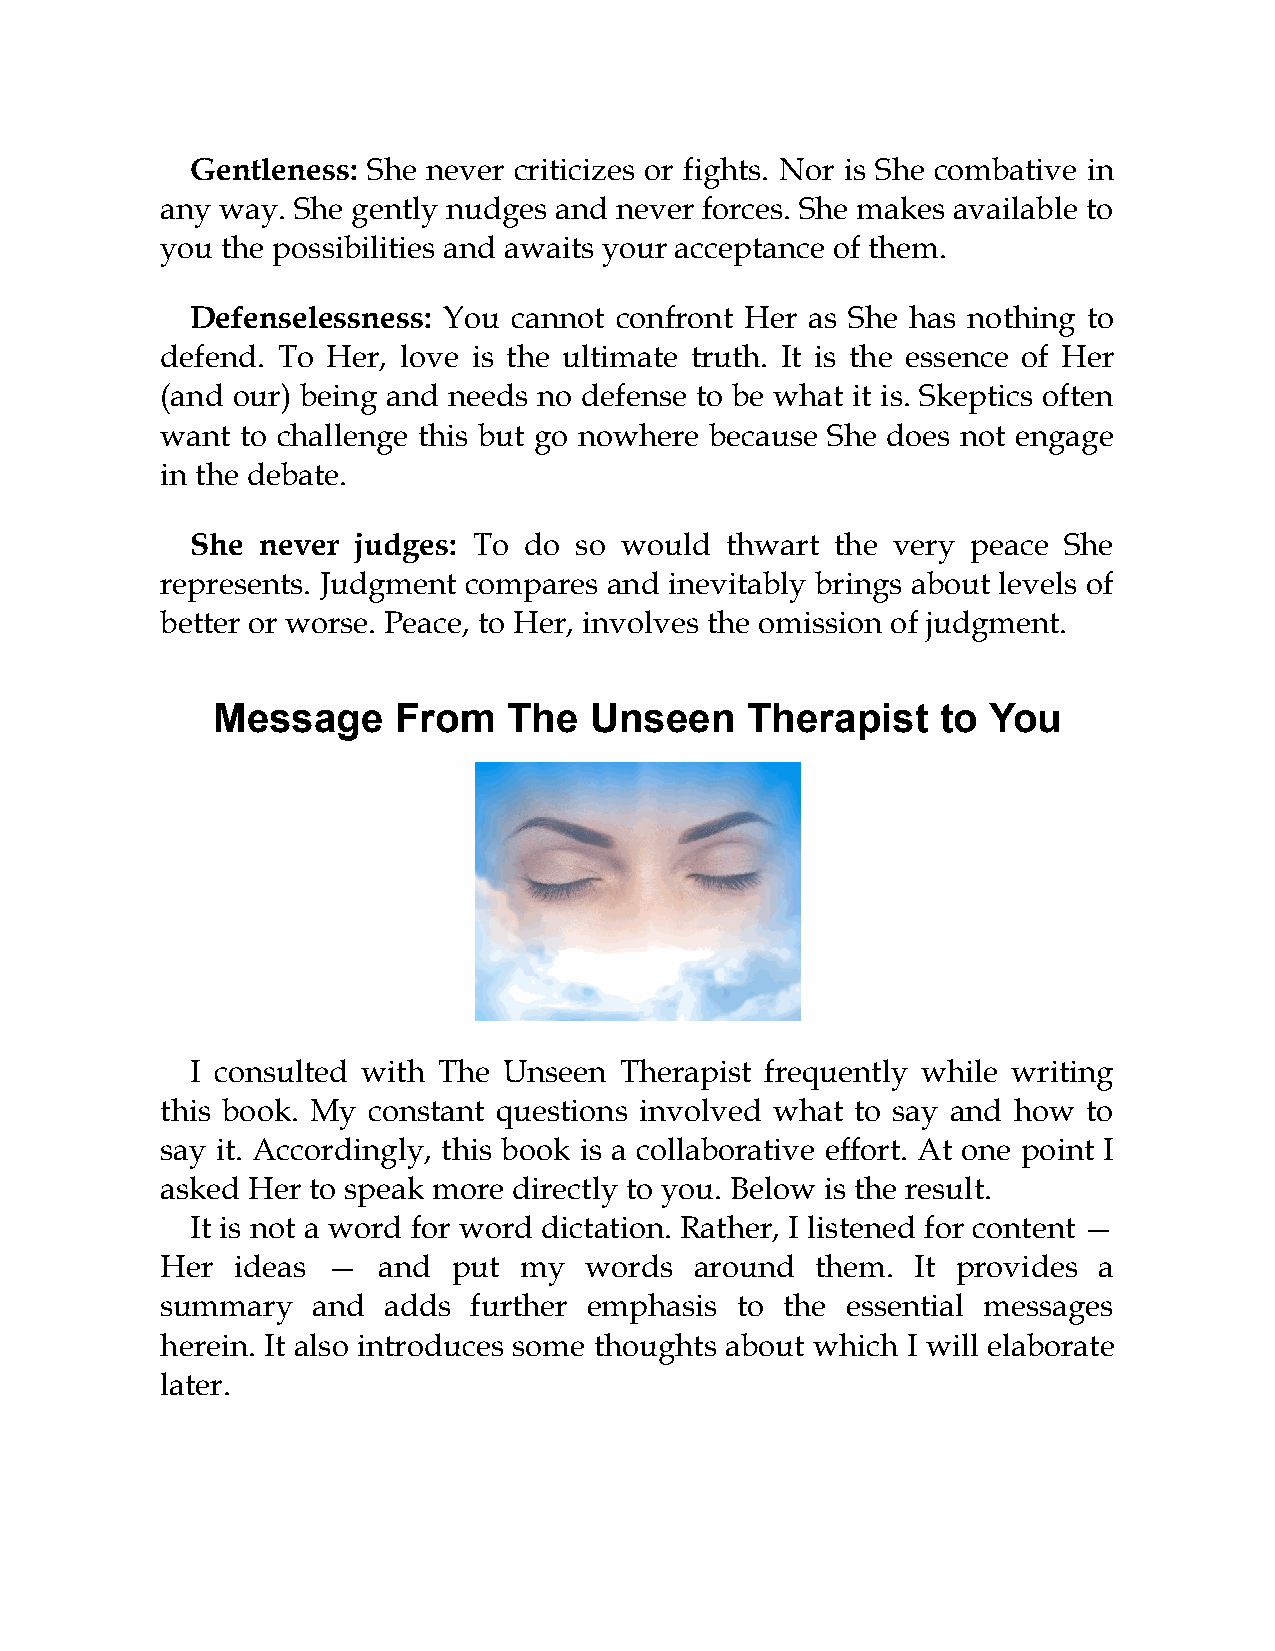
Gentleness: She never criticizes or fights. Nor is She combative in
 any way. She gently nudges and never forces. She makes available to
 you the possibilities and awaits your acceptance of them.
 Defenselessness: You cannot confront Her as She has nothing to
 defend. To Her, love is the ultimate truth. It is the essence of Her
 (and our) being and needs no defense to be what it is. Skeptics often
 want to challenge this but go nowhere because She does not engage
 in the debate.
 She never judges: To  do so would  thwart the very peace She
 represents. Judgment compares and inevitably brings about levels of
 better or worse. Peace, to Her, involves the omission of judgment.
 Message     From    The  Unseen    Therapist    to You
 I consulted with The Unseen Therapist frequently while writing
 this book. My constant questions involved what to say and how to
 say it. Accordingly, this book is a collaborative effort. At one point I
 asked Her to speak more directly to you. Below is the result.
 It is not a word for word dictation. Rather, I listened for content —
 Her  ideas —  and  put my   words  around  them.  It provides a
 summary   and adds  further emphasis  to the essential messages
 herein. It also introduces some thoughts about which I will elaborate
 later.